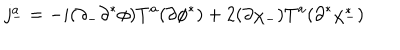
LaTeX: j _ { - } ^ { a } = - i ( \partial _ { - } \partial ^ { * } \phi ) T ^ { a } ( \partial \phi ^ { * } ) + 2 ( \partial \chi _ { - } ) T ^ { a } ( \partial ^ { * } \chi _ { - } ^ { * } )